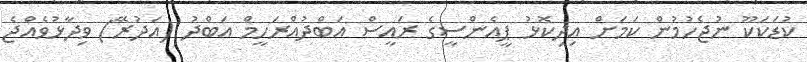
ކުޑަކަކޫ ނުޖެހުމުން ކަމަށް އިދިކޮޅު ޕީއެންސީގެ ރައީސް އަބްދުއްރަހީމް އަބްދު (އަދުރޭ) ވިދާޅުވެއްޖެ